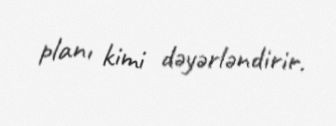
planı kimi dəyərləndirir.